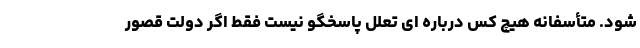
شود. متأسفانه هیچ کس درباره ای تعلل پاسخگو نیست فقط اگر دولت قصور